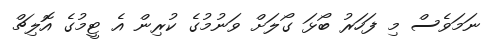
ނަމަވެސް މި ފަހަރު ބޯޅަ ގޯލަށް ވަނުމުގެ ކުރިން އެ ޓީމުގެ އޮލިޗް